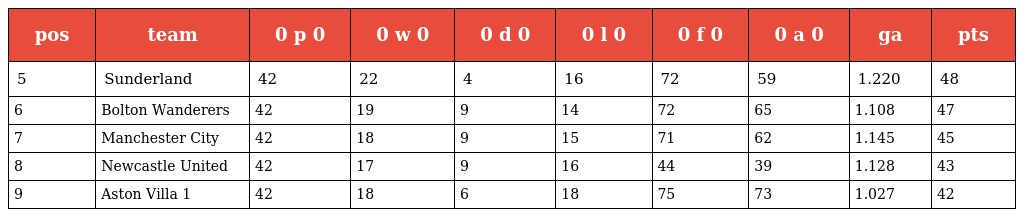
| pos | team | 0 p 0 | 0 w 0 | 0 d 0 | 0 l 0 | 0 f 0 | 0 a 0 | ga | pts |
 | --- | --- | --- | --- | --- | --- | --- | --- | --- | --- |
 | 5 | Sunderland | 42 | 22 | 4 | 16 | 72 | 59 | 1.220 | 48 |
 | 6 | Bolton Wanderers | 42 | 19 | 9 | 14 | 72 | 65 | 1.108 | 47 |
 | 7 | Manchester City | 42 | 18 | 9 | 15 | 71 | 62 | 1.145 | 45 |
 | 8 | Newcastle United | 42 | 17 | 9 | 16 | 44 | 39 | 1.128 | 43 |
 | 9 | Aston Villa 1 | 42 | 18 | 6 | 18 | 75 | 73 | 1.027 | 42 |